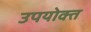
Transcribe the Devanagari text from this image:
उपयोक्त